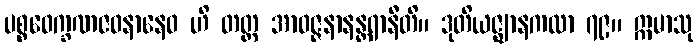
ပစ္စဝေက္ခဏဇဝနာနေဝ ဟိ တတ္ထ အာဝဇ္ဇနာနန္တရာနီတိ။ ဒုတိယဇ္ဈာနကထာ ၇၉။ ဣမာသု